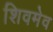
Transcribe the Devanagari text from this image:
शिवमेव